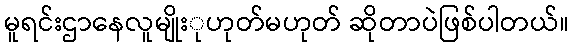
မူရင်းဌာနေလူမျိုးုဟုတ်မဟုတ် ဆိုတာပဲဖြစ်ပါတယ်။